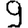
Digit: 9